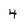
Character: 4